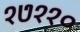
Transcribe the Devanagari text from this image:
१७११०